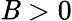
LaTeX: \mathit{B}>0